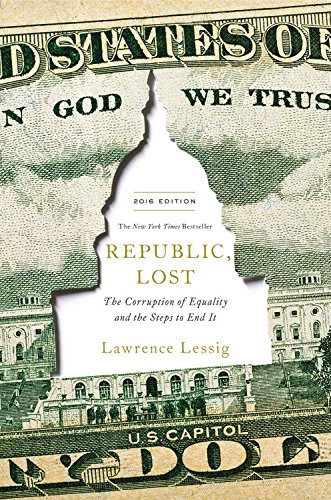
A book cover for Republic, Lost: The Corruption of Equality and the Steps to End It; Lawrence Lessig; Politics & Social Sciences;